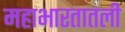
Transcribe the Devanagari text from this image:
महाभारतातली